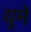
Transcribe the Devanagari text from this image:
युमे